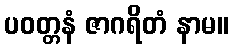
ပဝတ္တနံ ဇာဂရိတံ နာမ။